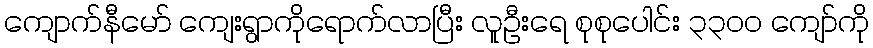
ကျောက်နီမော် ကျေးရွာကိုရောက်လာပြီး လူဦးရေ စုစုပေါင်း ၃၃၀၀ ကျော်ကို